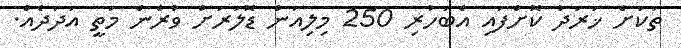
ތަކަށް ޚަރަދު ކޮށްފައި އެބަހުރި 250 މިލިއަން ޑޮލަރަށް ވުރެން މަތީ އަދަދެއް.